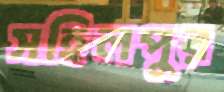
সহিলপুর